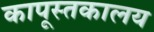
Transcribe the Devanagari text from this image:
कापूस्तकालय